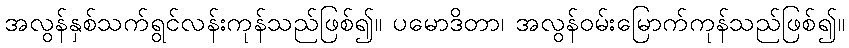
အလွန်နှစ်သက်ရွင်လန်းကုန်သည်ဖြစ်၍။ ပမောဒိတာ၊ အလွန်ဝမ်းမြောက်ကုန်သည်ဖြစ်၍။